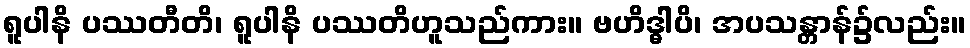
ရူပါနိ ပဿတီတိ၊ ရူပါနိ ပဿတိဟူသည်ကား။ ဗဟိဒ္ဓါပိ၊ အပသန္တာန်၌လည်း။